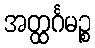
အတ္ထင်္ဂမဉ္စ